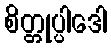
စိတ္တုပ္ပါဒေါ